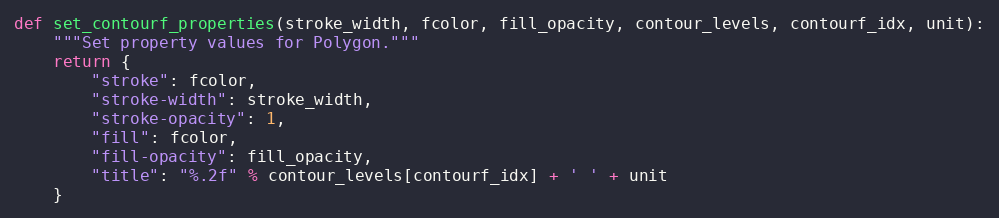
Language: Python
def set_contourf_properties(stroke_width, fcolor, fill_opacity, contour_levels, contourf_idx, unit):
    """Set property values for Polygon."""
    return {
        "stroke": fcolor,
        "stroke-width": stroke_width,
        "stroke-opacity": 1,
        "fill": fcolor,
        "fill-opacity": fill_opacity,
        "title": "%.2f" % contour_levels[contourf_idx] + ' ' + unit
    }